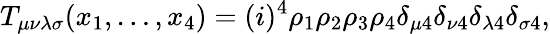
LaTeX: T_{\mu\nu\lambda\sigma}(x_{1},\ldots,x_{4})=(i)^{4}\rho_{1}\rho_{2}\rho_{3}\rho_{4}\delta_{\mu 4}\delta_{\nu 4}\delta_{\lambda 4}\delta_{\sigma 4},